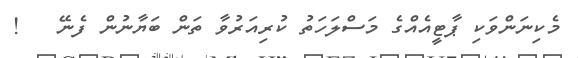
މެކިނަންވަކި ޕާޓީއެއްގެ މަސްލަހަތު ކުރިއަރުވާ ތަން ބަޔާނުން ފެނޭ   !